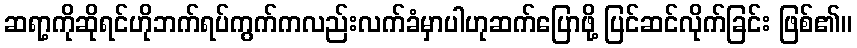
ဆရာ့ကိုဆိုရင်ဟိုဘက်ရပ်ကွက်ကလည်းလက်ခံမှာပါဟုဆက်ပြောဖို့ ပြင်ဆင်လိုက်ခြင်း ဖြစ်၏။